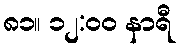
၈၁။ ၁၂:၀၀ နာရီ